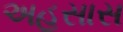
અહસાસ